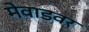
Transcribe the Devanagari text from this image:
मेवाडवर